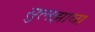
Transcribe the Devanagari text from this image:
सुलझावा